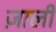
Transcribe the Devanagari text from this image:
ज़ाली